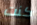
كنت